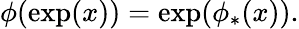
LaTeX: \phi(\exp(x))=\exp(\phi_{*}(x)).